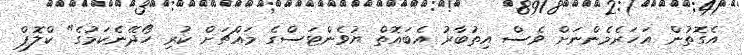
އެގޮތުން އަހަރެމެންނަށް ވެސް އިތުބާރު އެބައޮތް ޔުވެންޓަސްގެ މައްޗަށް ކުރި ހޯދޭނެކަމުގެ" ކްލޮޕް